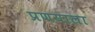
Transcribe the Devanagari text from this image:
प्रणयाला